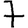
Digit: 7